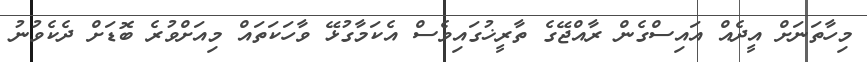
މިހާތަނަށް އީދެއް އައިސްގެން ރާއްޖޭގެ ތާރީޚުގައިވެސް އެކަމާގުޅޭ ވާހަކަތައް މިއަށްވުރެ ބޮޑަށް ދެކެވުނު